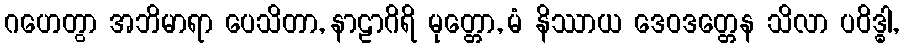
ဂဟေတွာ အဘိမာရာ ပေသိတာ, နာဠာဂိရိ မုတ္တော, မံ နိဿာယ ဒေဝဒတ္တေန သိလာ ပဝိဒ္ဓါ,